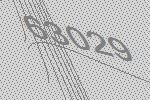
63029